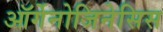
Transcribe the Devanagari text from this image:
ऑर्गेनोजिनेसिस